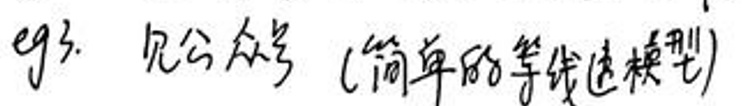
eg3. 见公式3(简单的等效连续模型)